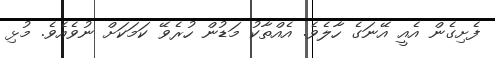
ފެށިގެން އެއީ އޭނަގެ ހާލެވެ. އެއްތާކު މަޑުން ހުރެވޭ ކަމަކަށް ނުވެއެވެ. މުޅި